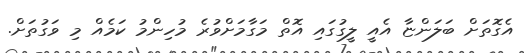
އެގޮތަށް ބަލަންޏާ އެއީ ލީގުގައި އޮތް މަގާމަށްވުރެ މުހިންމު ކަމެއް މި ވަގުތަށް.